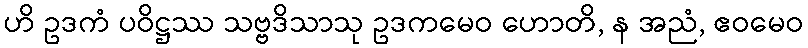
ဟိ ဥဒကံ ပဝိဋ္ဌဿ သဗ္ဗဒိသာသု ဥဒကမေဝ ဟောတိ, န အညံ, ဧဝမေဝ